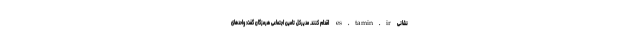
نشانیes.tamin.ir اقدام کنند. مدیرکل تامین اجتماعی هرمزگان گفت: واحدهای